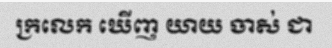
ក្រលេក ឃើញ យាយ ចាស់ ជា